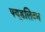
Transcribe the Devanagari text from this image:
फ्यूडलिज्म